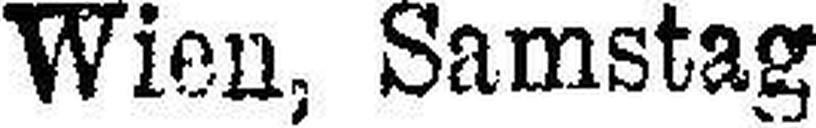
Wien, Samstag